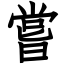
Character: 嘗